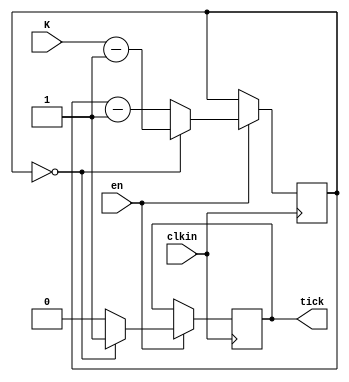
//K is how mnay clock cycles do you want the tick to measure

module clktick_16(
clkin,
tick,
K,
en
);
	parameter N_BIT = 16;

	input clkin;
	input en;
	input [N_BIT-1:0] K;
	
	output tick;
	
	reg [N_BIT-1:0] count;
	reg tick;
	
	initial count = 0;
	initial tick = 0;
	
	always @ (posedge clkin)
	begin
		if(en == 1'b1)
		begin
			if(count == 16'b0)
			begin
				tick <= 1;
				count <= (K - 16'b1);
			end
			else
			begin
				count <= count - 1'b1;
				tick <= 0;
			end
		end
	end

endmodule